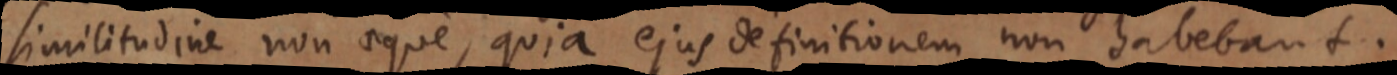
similitudine non aeque, quia ejus definitionem non habebant.